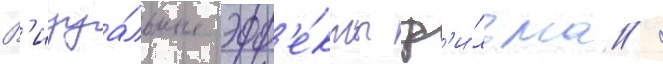
В'изуа́льные эфф'е́кты ф'и́льма /